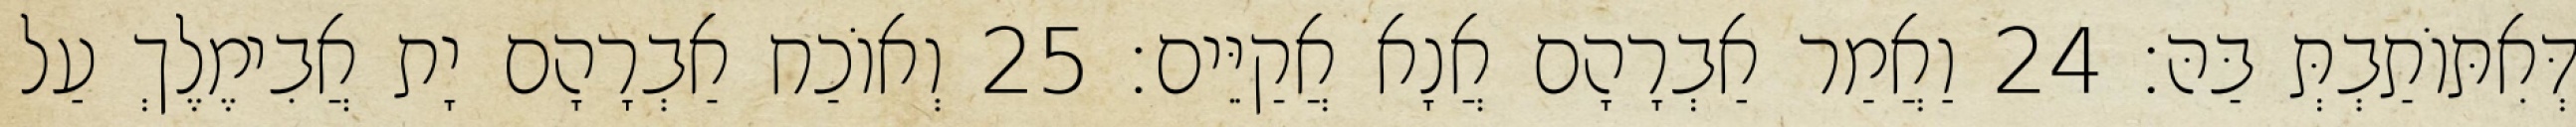
דְּאִתּוֹתַבְתְּ בַּהּ׃ 24 וַאֲמַר אַבְרָהָם אֲנָא אֲקַיֵּים׃ 25 וְאוֹכַח אַבְרָהָם יָת אֲבִימֶלֶךְ עַל